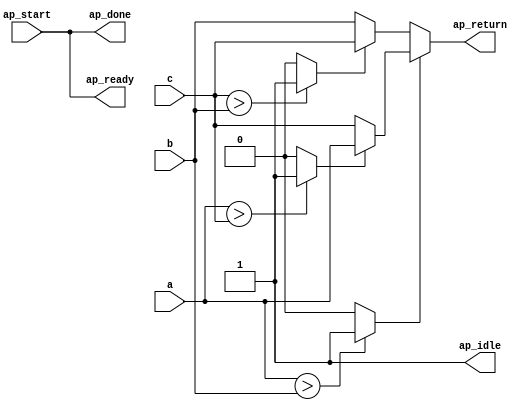
module max_three (
        ap_start,
        ap_done,
        ap_idle,
        ap_ready,
        a,
        b,
        c,
        ap_return
);


input   ap_start;
output   ap_done;
output   ap_idle;
output   ap_ready;
input  [31:0] a;
input  [31:0] b;
input  [31:0] c;
output  [31:0] ap_return;

wire   [0:0] tmp_1_fu_40_p2;
wire   [0:0] tmp_1_fu_40_p2_temp;
wire   [0:0] tmp_2_fu_54_p2;
wire   [0:0] tmp_fu_34_p2;
wire   [0:0] tmp_fu_34_p2_temp;
wire   [31:0] a_assign_fu_46_p3;
wire   [31:0] max_fu_60_p3;

assign a_assign_fu_46_p3 = ((tmp_1_fu_40_p2_temp) ? a : c);

assign tmp_1_fu_40_p2_temp = tmp_1_fu_40_p2 & 1'd1;

assign ap_done = ap_start;

assign ap_idle = 1'b1;

assign ap_ready = ap_start;

assign ap_return = ((tmp_fu_34_p2_temp) ? a_assign_fu_46_p3 : max_fu_60_p3);

assign tmp_fu_34_p2_temp = tmp_fu_34_p2 & 1'd1;

assign max_fu_60_p3 = ((tmp_2_fu_54_p2_temp) ? c : b);

assign tmp_2_fu_54_p2_temp = tmp_2_fu_54_p2 & 1'd1;

assign tmp_1_fu_40_p2 = (($signed(a) > $signed(c)) ? 1'b1 : 1'b0);

assign tmp_2_fu_54_p2 = (($signed(c) > $signed(b)) ? 1'b1 : 1'b0);

assign tmp_fu_34_p2 = (($signed(a) > $signed(b)) ? 1'b1 : 1'b0);

endmodule